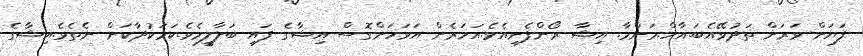
ފަޔަށް ވަރަށް ތަދުވޭއެބަ.އާހް.މަންމާ. އިޝާ ރޯންފެށިއެވެ.އަހަރެން އަވަހަށްގޮސް އިޝާގެ ފައި ބަލާލީމެވެ.ކަމަކުދާކަށް ނެތެވެ.އިޝާގެ